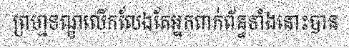
ព្រហ្មទណ្ឌលើកលែងតែអ្នកពាក់ព័ន្ធទាំងនោះបាន